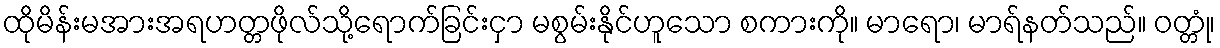
ထိုမိန်းမအားအရဟတ္တဖိုလ်သို့ရောက်ခြင်းငှာ မစွမ်းနိုင်ဟူသော စကားကို။ မာရော၊ မာရ်နတ်သည်။ ဝတ္တုံ၊